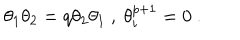
\theta _ { 1 } \theta _ { 2 } = q \theta _ { 2 } \theta _ { 1 } \ , \ \theta _ { i } ^ { p + 1 } = 0 \ .